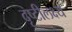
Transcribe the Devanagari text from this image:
दृष्टीलक्ष्य